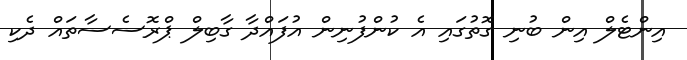
އިންޓެލް އިން ބުނި ގޮތުގައި އެ ކުންފުނިން އުފައްދާ ގާބިލް ޕްރޮސެސާތައް ދެކި